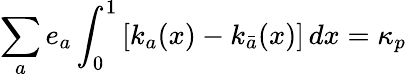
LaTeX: \sum_{a}e_{a}\int_{0}^{1}\left[k_{a}(x)-k_{\bar{a}}(x)\right]\, dx=\kappa_{p}\,